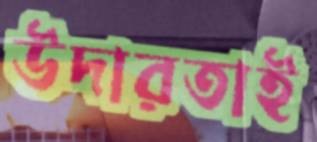
উদারতাই